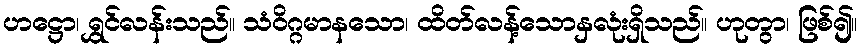
ဟဋ္ဌော၊ ရွှင်လန်းသည်။ သံဝိဂ္ဂမာနသော၊ ထိတ်လန့်သောနှလုံးရှိသည်။ ဟုတွာ၊ ဖြစ်၍။